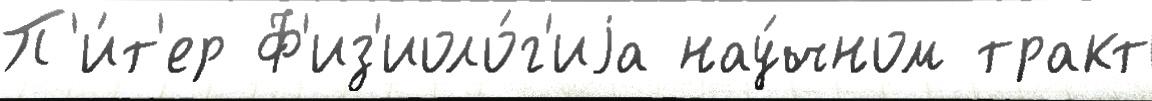
П'и́т'ер Ф'из'иоло́г'иjа нау́чном тракт